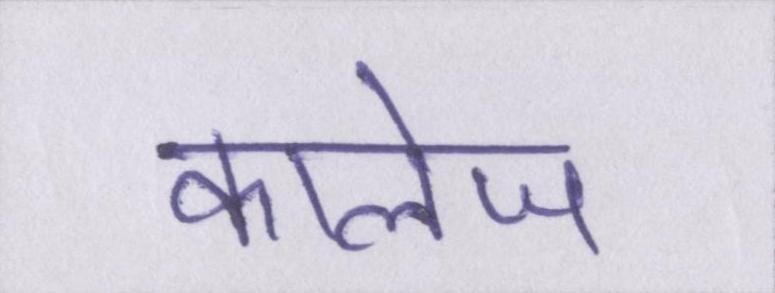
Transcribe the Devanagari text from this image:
कालेज